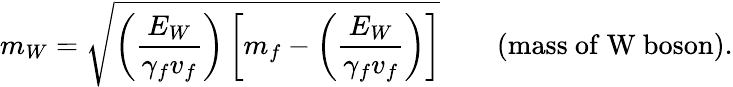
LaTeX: m_{W}=\sqrt{\left(\frac{E_{W}}{\gamma_{f}v_{f}}\right)\left[m_{f}-\left(\frac{E_{W}}{\gamma_{f}v_{f}}\right)\right]}\qquad\mathrm{(mass~of~W~boson).}